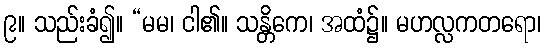
၉။ သည်းခံ၍။ “မမ၊ ငါ၏။ သန္တိကေ၊ အထံ၌။ မဟလ္လကတရော၊